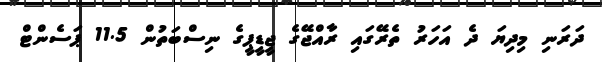
ދަރަނި މިދިޔަ ދެ އަހަރު ތެރޭގައި ރާއްޖޭގެ ޖީޑީޕީގެ ނިސްބަތުން 11.5 ޕަސެންޓް